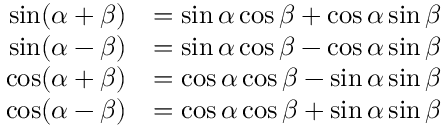
{ \begin{array} { r l } { \sin ( \alpha + \beta ) } & { = \sin \alpha \cos \beta + \cos \alpha \sin \beta } \\ { \sin ( \alpha - \beta ) } & { = \sin \alpha \cos \beta - \cos \alpha \sin \beta } \\ { \cos ( \alpha + \beta ) } & { = \cos \alpha \cos \beta - \sin \alpha \sin \beta } \\ { \cos ( \alpha - \beta ) } & { = \cos \alpha \cos \beta + \sin \alpha \sin \beta } \end{array} }